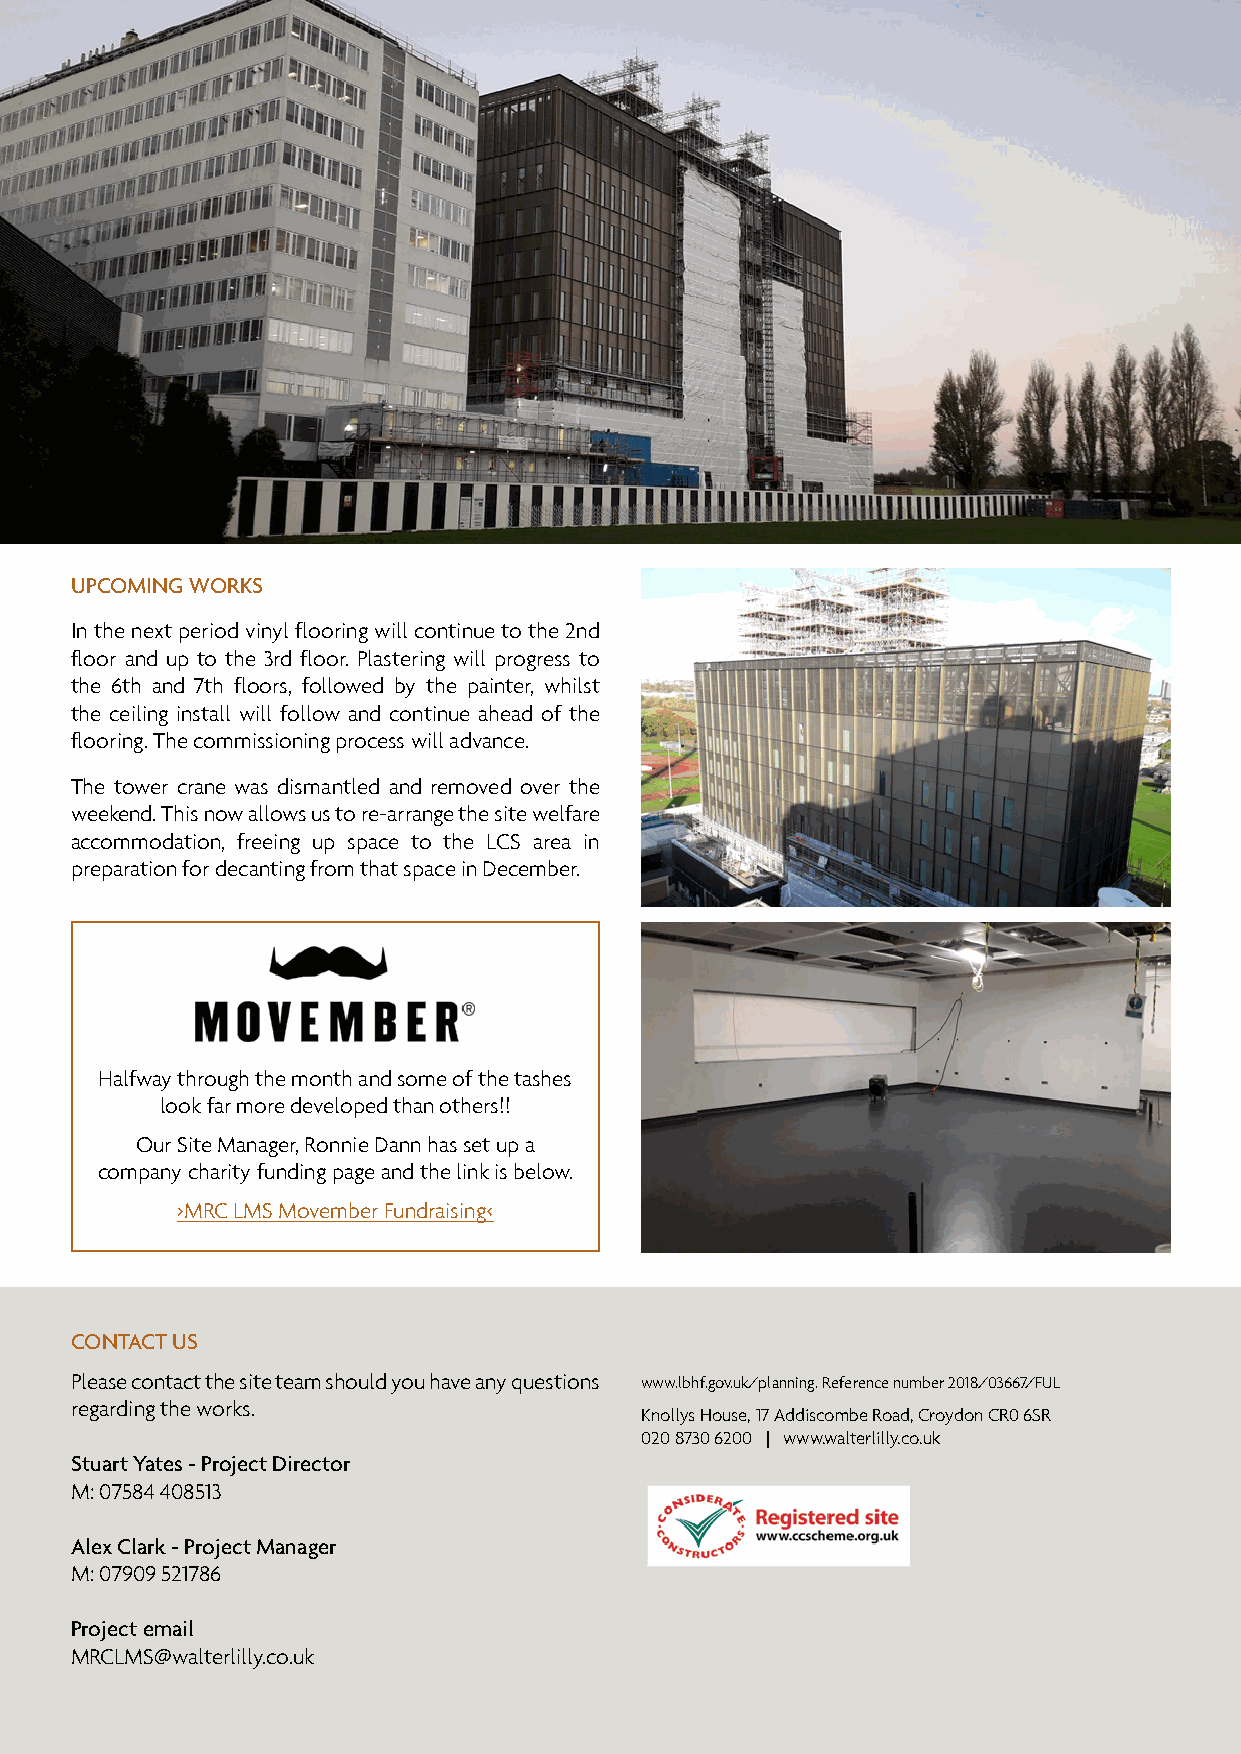
UPCOMING WORKS
 In the next period vinyl flooring will continue to the 2nd
 floor and up to the 3rd floor. Plastering will progress to
 the 6th and 7th floors, followed by the painter, whilst
 the ceiling install will follow and continue ahead of the
 flooring. The commissioning process will advance.
 The tower crane was dismantled and removed over the
 weekend. This now allows us to re-arrange the site welfare
 accommodation, freeing up space to the LCS area in
 preparation for decanting from that space in December.
 Halfway through the month and some of the tashes
 look far more developed than others!!
 Our Site Manager, Ronnie Dann has set up a
 company charity funding page and the link is below.
 >MRC LMS Movember Fundraising<
 COCNOTANCTTA CUTS US
 PleaPsleea csoe nctoanctta ctht eth seit seit ete taemam s hshoouuldld y yoouu hhaavvee aannyy qquueessttiioonnss wwwwww..llbbhhff..ggoovv..uukk//ppllaannnniinngg.. RReeffeerreennccee nnuummbbeerr 22001188//0033666677//FFUULL
 regarerdgainrgd itnhge t wheo rwkos.r ks.
 KKnnoollllyyss HHoouussee,, 1177 AAddddiissccoommbbee RRooaadd,, CCrrooyyddoonn CCRR00 66SSRR
 002200 88773300 66220000 || wwwwww..wwaalltteerrlliillllyy..ccoo..uukk
 StuSatrut aYratt Yeas t-e Psr -o Pjeroctje Dcitr eDcirteocr t or
 M: 0M7:5 08745 48048 450138513
 AleAx lCexla Crkl a-r Pkr -o Pjeroctje Mcta Mnaagnearger
 M: 0M7:9 00799 05291 758261786
 ProPjeroctje ecmt eaiml ail
 MRMCLRMCLSM@wS@alwtearlltiellryl.iclloy..ucko.uk